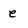
Character: e